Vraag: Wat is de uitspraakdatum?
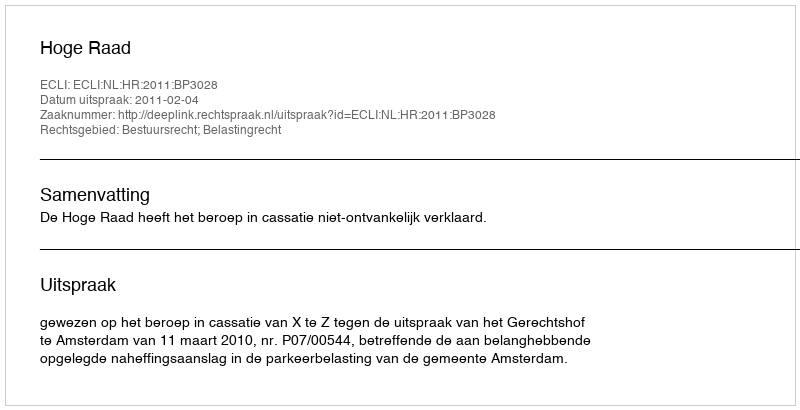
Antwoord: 2011-02-04